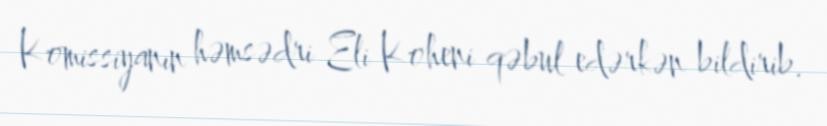
Komissiyanın həmsədri Eli Koheni qəbul edərkən bildirib.